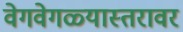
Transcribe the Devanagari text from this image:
वेगवेगळ्यास्तरावर